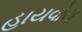
હાયવોય